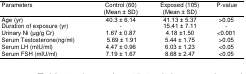
<table><thead><tr><td rowspan="2"><b>Parameters</b></td><td><b>Control (60) (Mean ± SD)</b></td><td><b>Exposed (105) (Mean ± SD)</b></td><td rowspan="2"><b>P-value</b></td></tr></thead><tbody><tr><td>Age (yr)</td><td>40.3 ± 6.14</td><td>41.13 ± 5.37</td><td>&gt;0.05</td></tr><tr><td>Duration of exposure (yr)</td><td>-</td><td>15.41 ± 7.11</td><td>-</td></tr><tr><td>Urinary Ni (μg/g Cr)</td><td>1.67 ± 0.87</td><td>4.18 ±1.50</td><td>&lt;0.001</td></tr><tr><td>Serum Testosterone(ng/ml)</td><td>5.69 ± 1.91</td><td>5.44 ± 1.75</td><td>&gt;0.05</td></tr><tr><td>Serum LH (mIU/ml)</td><td>4.47 ± 0.96</td><td>6.03 ± 1.23</td><td>&lt;0.05</td></tr><tr><td>Serum FSH (mIU/ml)</td><td>7.19 ± 1.67</td><td>8.68 ± 2.47</td><td>&lt;0.05</td></tr></tbody></table>